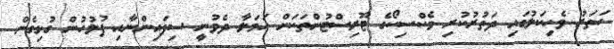
ހަތަރު ވެހިކަލުގައި ދަތުރުކުރި މެކްސިކޯގެ ޓޫރިސްޓުންތަކަށް ހަމަލާ ދެވުނީ ސިފައިންނާއި ފުލުހުން ގުޅިގެން